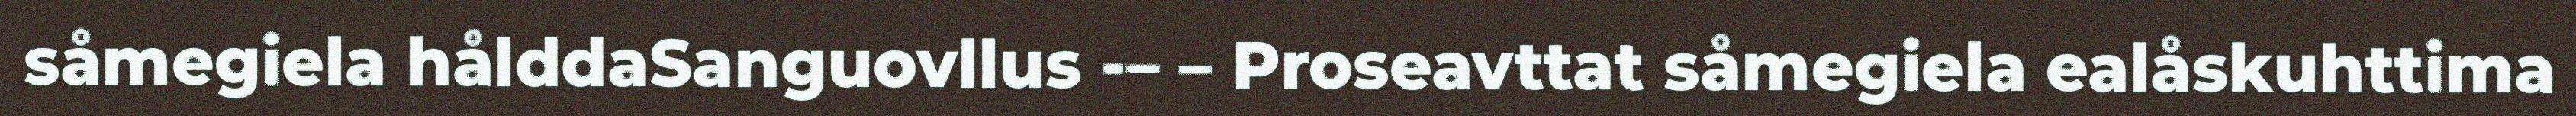
såmegiela hålddaSanguovllus -– – Proseavttat såmegiela ealåskuhttima